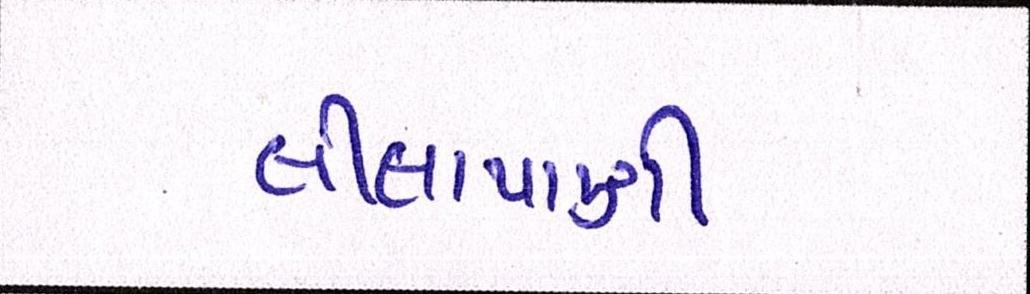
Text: લીલાપાણી